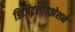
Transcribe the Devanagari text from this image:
डिजिटलायझेशने